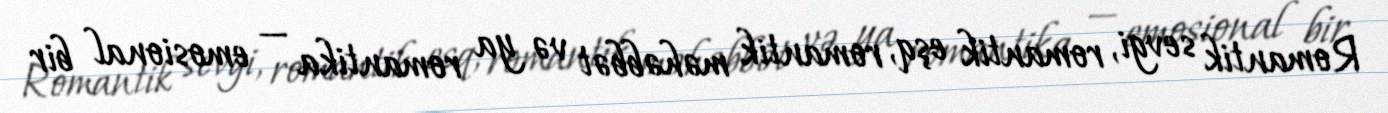
Romantik sevgi, romantik eşq, romantik məhəbbət və ya romantika — emosional bir